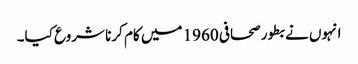
انہوں نے بطور صحافی 1960 میں کام کرنا شروع کیا۔